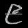
Digit: ၉